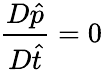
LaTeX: \frac{D\hat{p}}{D\hat{t}}=0